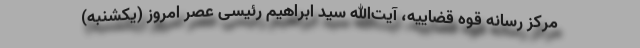
مرکز رسانه قوه قضاییه، آیت‌الله سید ابراهیم رئیسی عصر امروز (یکشنبه)